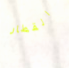
القطار